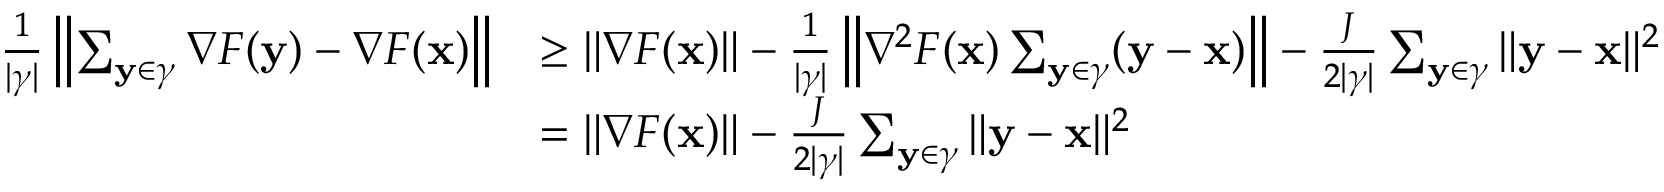
\begin{array} { r l } { \frac { 1 } { | \gamma | } \left\| \sum _ { \mathbf { y } \in \gamma } \nabla F ( \mathbf { y } ) - \nabla F ( { \mathbf x } ) \right\| } & { \ge \| \nabla F ( { \mathbf x } ) \| - \frac { 1 } { | \gamma | } \left\| \nabla ^ { 2 } F ( { \mathbf x } ) \sum _ { \mathbf { y } \in \gamma } ( \mathbf { y } - { \mathbf x } ) \right\| - \frac { J } { 2 | \gamma | } \sum _ { \mathbf { y } \in \gamma } \| \mathbf { y } - { \mathbf x } \| ^ { 2 } } \\ & { = \| \nabla F ( { \mathbf x } ) \| - \frac { J } { 2 | \gamma | } \sum _ { \mathbf { y } \in \gamma } \| \mathbf { y } - { \mathbf x } \| ^ { 2 } } \end{array}